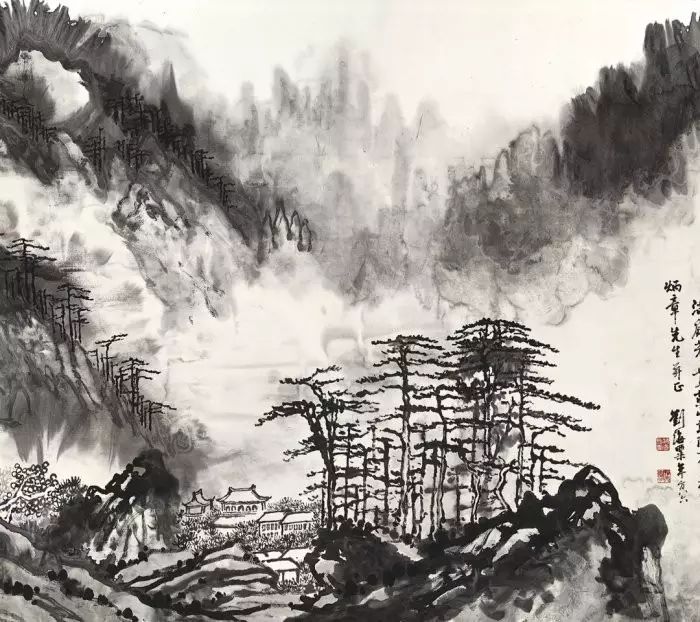
祖国沉沦感不禁，闲来海外觅知音。